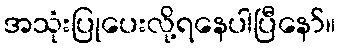
အသုံးပြုပေးလို့ရနေပါပြီနော်။